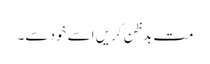
مت بدظن کریں اسے خود سے۔